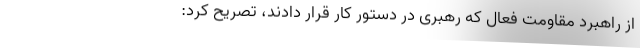
از راهبرد مقاومت فعال که رهبری در دستور کار قرار دادند، تصریح کرد: